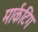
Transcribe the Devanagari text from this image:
मार्कटिंग